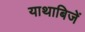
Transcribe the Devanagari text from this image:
याथाबिजें